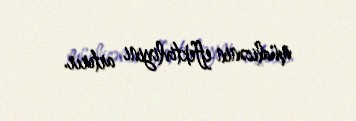
müalicənin effektivliyini artırır.